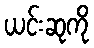
ယင်းဆုကို